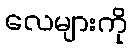
လေများကို